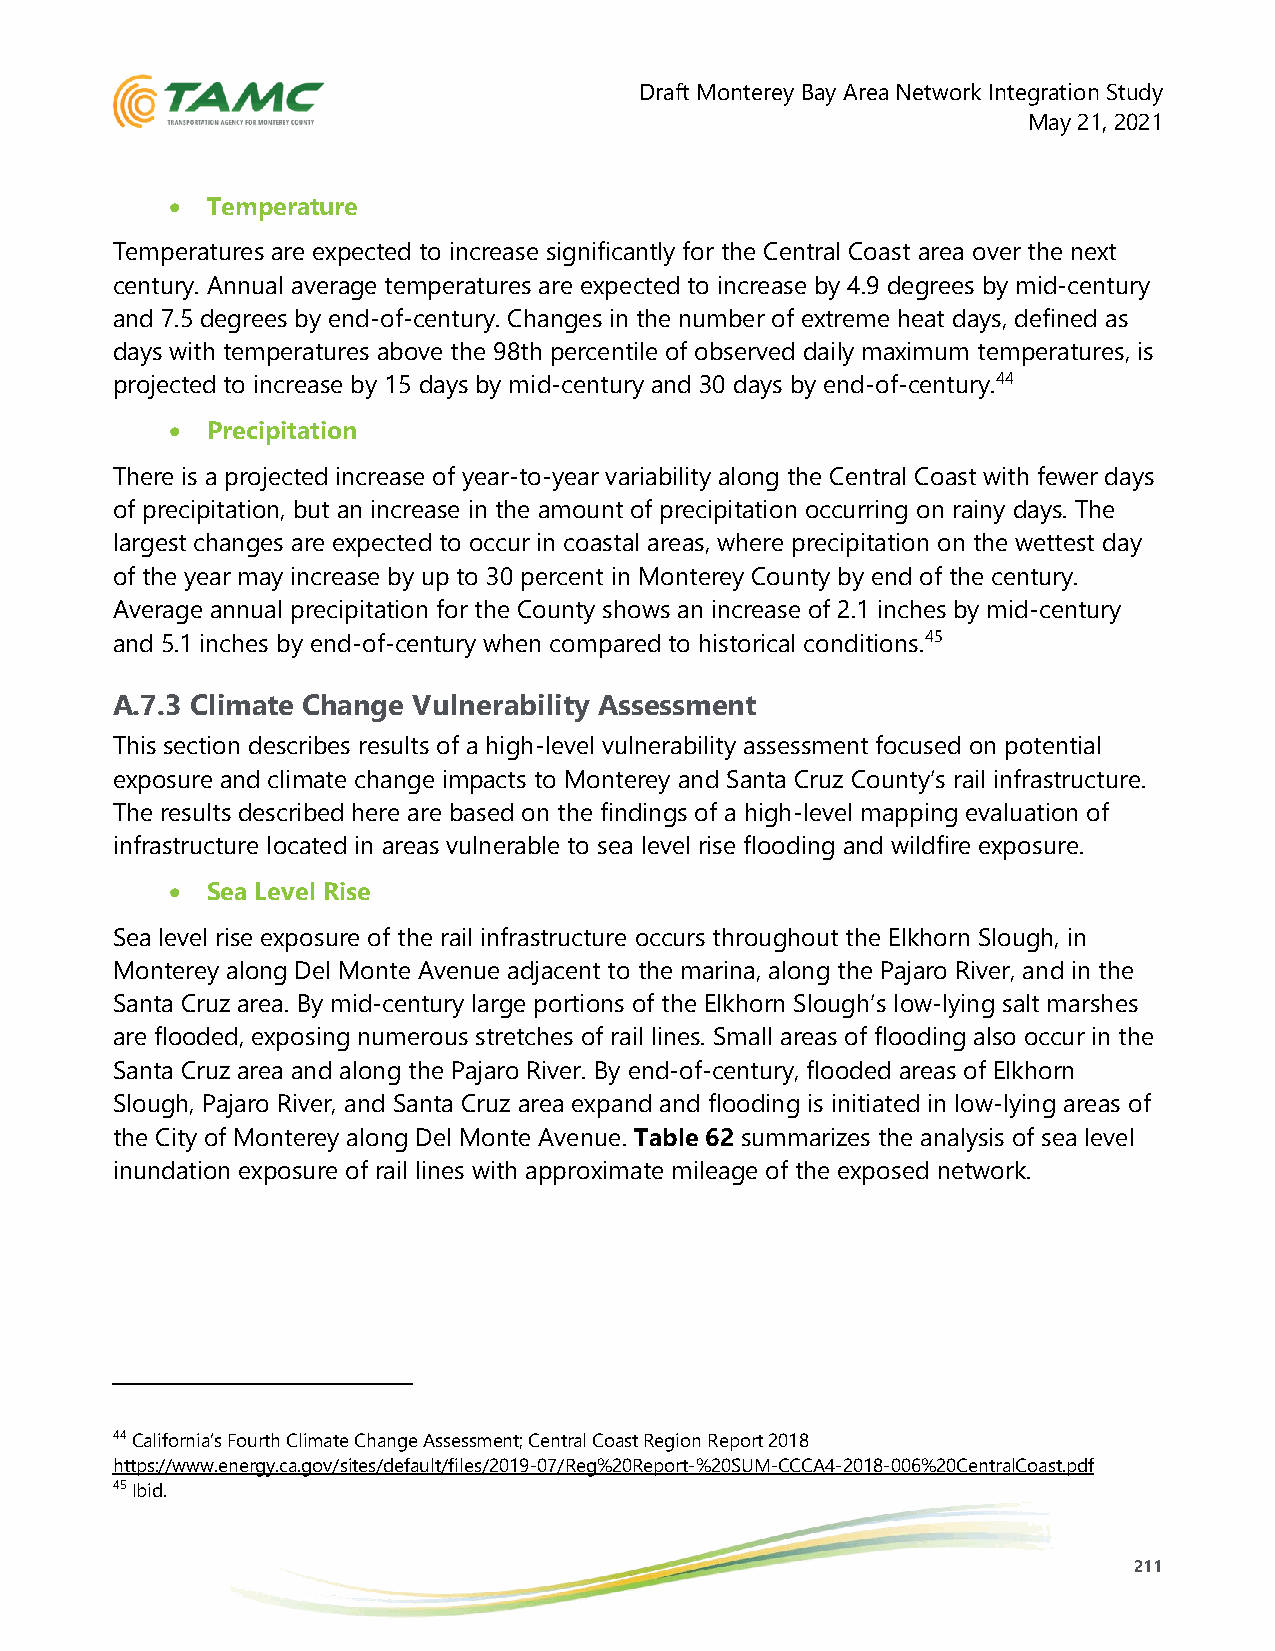
Draft Monterey Bay Area Network Integration Study
 May 21, 2021
 •  Temperature
 Temperatures are expected to increase significantly for the Central Coast area over the next
 century. Annual average temperatures are expected to increase by 4.9 degrees by mid-century
 and 7.5 degrees by end-of-century. Changes in the number of extreme heat days, defined as
 days with temperatures above the 98th percentile of observed daily maximum temperatures, is
 projected to increase by 15 days by mid-century and 30 days by end-of-century.44
 •  Precipitation
 There is a projected increase of year-to-year variability along the Central Coast with fewer days
 of precipitation, but an increase in the amount of precipitation occurring on rainy days. The
 largest changes are expected to occur in coastal areas, where precipitation on the wettest day
 of the year may increase by up to 30 percent in Monterey County by end of the century.
 Average annual precipitation for the County shows an increase of 2.1 inches by mid-century
 and 5.1 inches by end-of-century when compared to historical conditions.45
 A.7.3 Climate Change Vulnerability Assessment
 This section describes results of a high-level vulnerability assessment focused on potential
 exposure and climate change impacts to Monterey and Santa Cruz County’s rail infrastructure.
 The results described here are based on the findings of a high-level mapping evaluation of
 infrastructure located in areas vulnerable to sea level rise flooding and wildfire exposure.
 •  Sea Level Rise
 Sea level rise exposure of the rail infrastructure occurs throughout the Elkhorn Slough, in
 Monterey along Del Monte Avenue adjacent to the marina, along the Pajaro River, and in the
 Santa Cruz area. By mid-century large portions of the Elkhorn Slough’s low-lying salt marshes
 are flooded, exposing numerous stretches of rail lines. Small areas of flooding also occur in the
 Santa Cruz area and along the Pajaro River. By end-of-century, flooded areas of Elkhorn
 Slough, Pajaro River, and Santa Cruz area expand and flooding is initiated in low-lying areas of
 the City of Monterey along Del Monte Avenue. Table 62 summarizes the analysis of sea level
 inundation exposure of rail lines with approximate mileage of the exposed network.
 44 California’s Fourth Climate Change Assessment; Central Coast Region Report 2018
 https://www.energy.ca.gov/sites/default/files/2019-07/Reg%20Report-%20SUM-CCCA4-2018-006%20CentralCoast.pdf
 45 Ibid.
 211